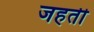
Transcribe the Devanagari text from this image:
जहती